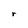
Character: r